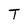
Character: T